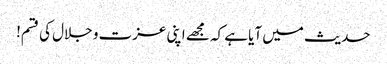
حدیث میں آیا ہے کہ مجھے اپنی عزت و جلال کی قسم!